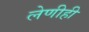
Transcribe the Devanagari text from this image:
लेणीही